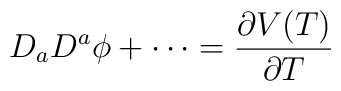
D_aD^a\phi+\cdots=\frac{\partial V(T)}{\partial T}